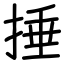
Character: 捶